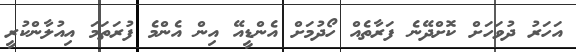
އަހަރު ދުވަހަށް ކޮށްދޭނެ ފަރާތެއް ހޯދުމަށް އެންޑީއޭ އިން އެންމެ ފުރަތަމަ އިއުލާންކުރީ